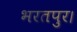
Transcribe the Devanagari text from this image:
भरतपुर।